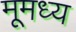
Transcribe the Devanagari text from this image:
मूमध्य